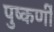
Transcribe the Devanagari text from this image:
पुष्कर्णी